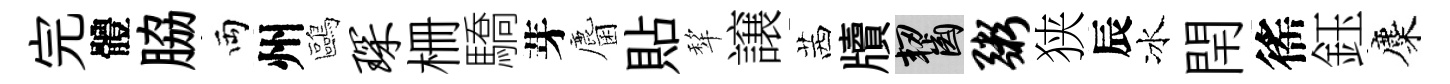
完體脇両州鷗琛栅驕芽麕貼犂譲茜牘齧粥狭辰冰閈徭鈺麋